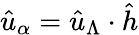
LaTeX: \hat{u}_{\alpha}=\hat{u}_{\Lambda}\cdot\hat{h}